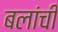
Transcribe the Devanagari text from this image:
बलांची